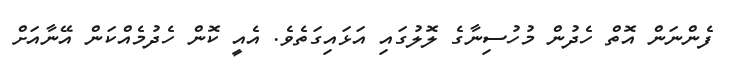
ފެންނަން އޮތް ހެދުން މުހުސިނާގެ ލޮލުގައި އަޅައިގަތެވެ. އެއީ ކޮން ހެދުމެއްކަން އޭނާއަށް